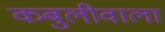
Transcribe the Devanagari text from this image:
कबुलीवाला